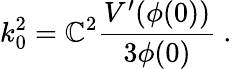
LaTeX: k_{0}^{2}=\mathbb{C}^{2}{\frac{{V^{\prime}(\phi(0))}}{{3\phi(0)}}}\ .